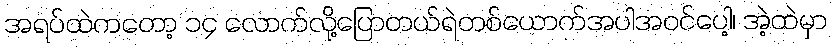
အရပ်ထဲကတော့ ၁၄ လောက်လို့ပြောတယ်ရဲတစ်ယောက်အပါအဝင်ပေါ့၊ အဲ့ထဲမှာ